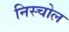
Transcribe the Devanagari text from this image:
निस्चोल